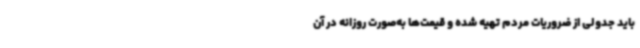
باید جدولی از ضروریات مردم تهیه شده و قیمت‌ها به‌صورت روزانه در آن